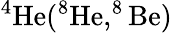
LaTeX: ^{4}\mathrm{He}(^{8}\mathrm{He},^{8}\mathrm{Be})